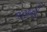
નરકની